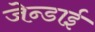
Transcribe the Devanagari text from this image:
जेन्‍डाई